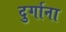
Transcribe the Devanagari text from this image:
दुर्गाना